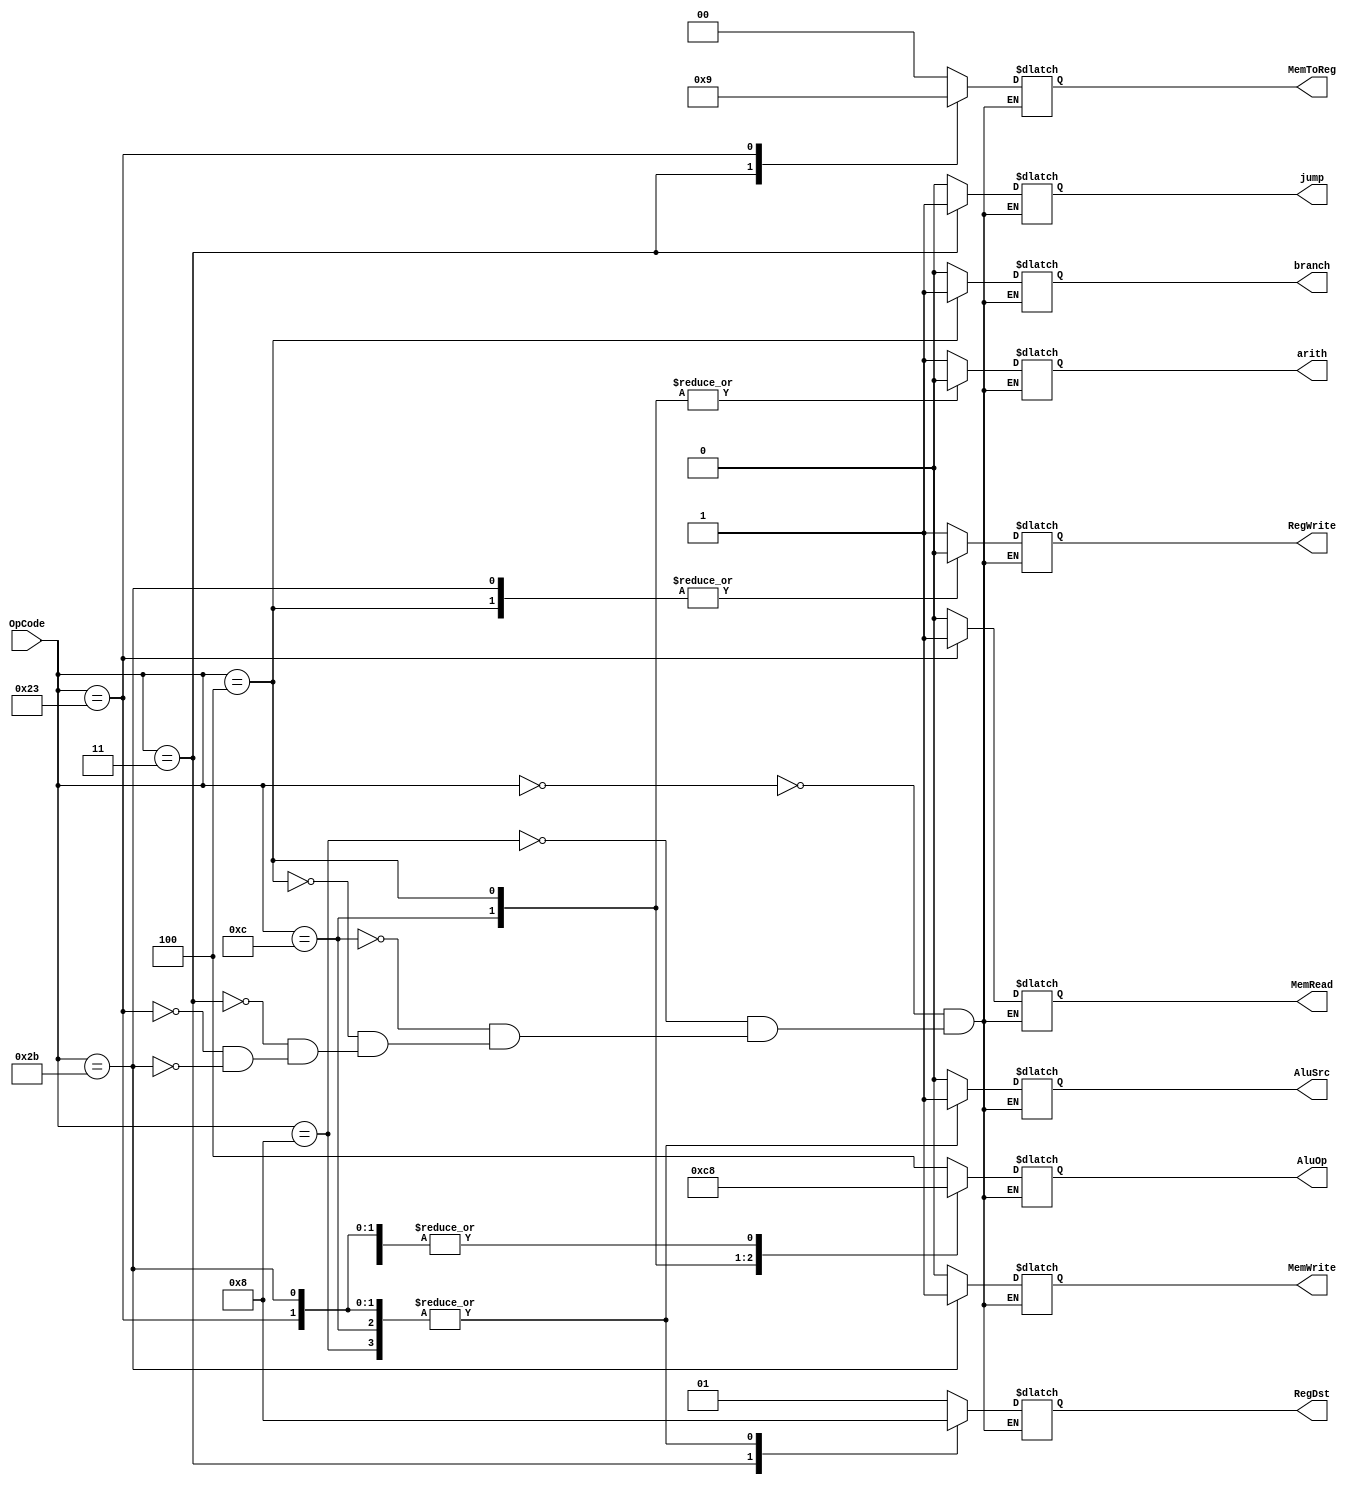
module control_unit(OpCode, RegWrite, RegDst, AluSrc, AluOp, branch, MemWrite, MemRead, MemToReg, jump, arith);
	input [5:0]OpCode;
	output RegWrite, jump, branch, MemRead, MemWrite, AluSrc, arith;
	output [1:0]RegDst;
	output [2:0]AluOp;
	output [1:0]MemToReg;
	reg	RegWrite, jump, branch, MemRead, MemWrite, AluSrc, arith;
	reg [1:0]RegDst;
	reg [2:0]AluOp;
	reg [1:0]MemToReg;
	always @(OpCode)
		case(OpCode)
			6'b000000 : begin//Rtype 
				RegWrite=1;
				RegDst=2'b01;
				AluSrc=0;
				AluOp=3'b100;
				branch=0;
				MemWrite=0;
				MemRead=0;
				MemToReg=2'b00;
				jump=0;
				arith = 1'bx;
			end	
			6'b001000 : begin//addi 
				RegWrite=1;
				RegDst=2'b00;
				AluSrc=1;
				AluOp=3'b000;
				branch=0;
				MemWrite=0;
				MemRead=0;
				MemToReg=2'b00;
				jump=0;
			    	arith = 1;
			end
			6'b001100: begin//andi
				RegWrite=1;
				RegDst=2'b00;
				AluSrc=1;
				AluOp=3'b011;
				branch=0;
				MemWrite=0;
				MemRead=0;
				MemToReg=2'b00;
			    	jump=0;
			    	arith = 0;
			end
			6'b000100 : begin//beq 
				RegWrite=0;
				RegDst=2'bxx;
				AluSrc=0;
				AluOp=3'b001;
				branch=1;
				MemWrite=0;
				MemRead=0;
				MemToReg=2'bxx;
			    jump=0;
			    arith = 1'b0;
			end
			6'b000011 : begin//jal 
				RegWrite=1;
				RegDst=2'b10;
				AluSrc=1'bx;
				AluOp=3'bxxx;
				branch=0;
				MemWrite=0;
				MemRead=0;
				MemToReg=2'b10;
				jump=1;
				arith = 1'bx;
			end	
			6'b100011 : begin//lw 
				RegWrite=1;
				RegDst=2'b00;
				AluSrc=1;
				AluOp=3'b000;
				branch=0;
				MemWrite=0;
				MemRead=1;
				MemToReg=2'b01;
				jump=0;
				arith = 1'b1;
			end	
			6'b101011 : begin//sw 
				RegWrite=0;
				RegDst=2'b00;
				AluSrc=1;
				AluOp=3'b000;
				branch=0;
				MemWrite=1;
				MemRead=0;
				MemToReg=2'bxx;
				jump=0;
				arith = 1'b1;
			end				  
		endcase
	endmodule